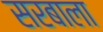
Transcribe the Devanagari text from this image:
सरबाला